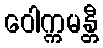
ဝေါက္ကမန္တီ